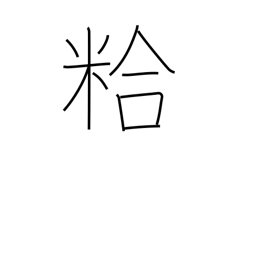
Meaning: chaff